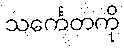
သင်္ကေတကို